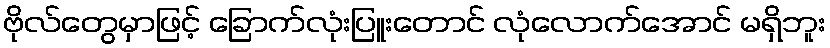
ဗိုလ်တွေမှာဖြင့် ခြောက်လုံးပြူးတောင် လုံလောက်အောင် မရှိဘူး